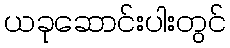
ယခုဆောင်းပါးတွင်